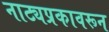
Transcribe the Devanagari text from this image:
नाट्यप्रकावरून